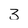
Character: 3